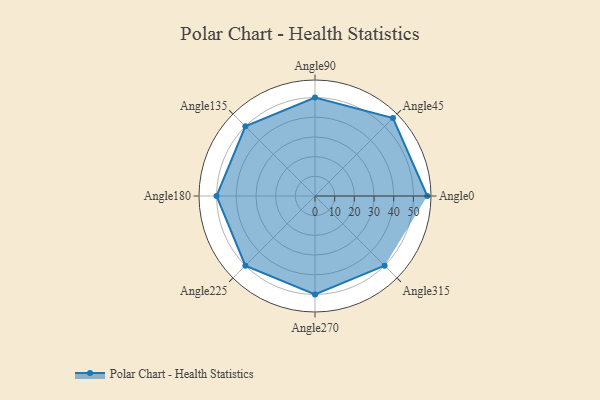
{"axis": {"x": "Angle", "y": "Radius"}, "legend": [""], "data": [{"x": "Angle0", "y": 57.0, "type": ""}, {"x": "Angle45", "y": 56.0, "type": ""}, {"x": "Angle90", "y": 50.0, "type": ""}, {"x": "Angle135", "y": 50, "type": ""}, {"x": "Angle180", "y": 50, "type": ""}, {"x": "Angle225", "y": 50, "type": ""}, {"x": "Angle270", "y": 50, "type": ""}, {"x": "Angle315", "y": 50, "type": ""}]}